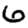
Digit: 6